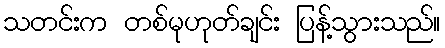
သတင်းက တစ်မုဟုတ်ချင်း ပြန့်သွားသည်။